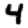
Digit: 4